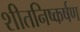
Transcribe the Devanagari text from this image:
शीतनिष्कर्षण